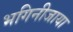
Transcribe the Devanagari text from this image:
भगिनीजाया